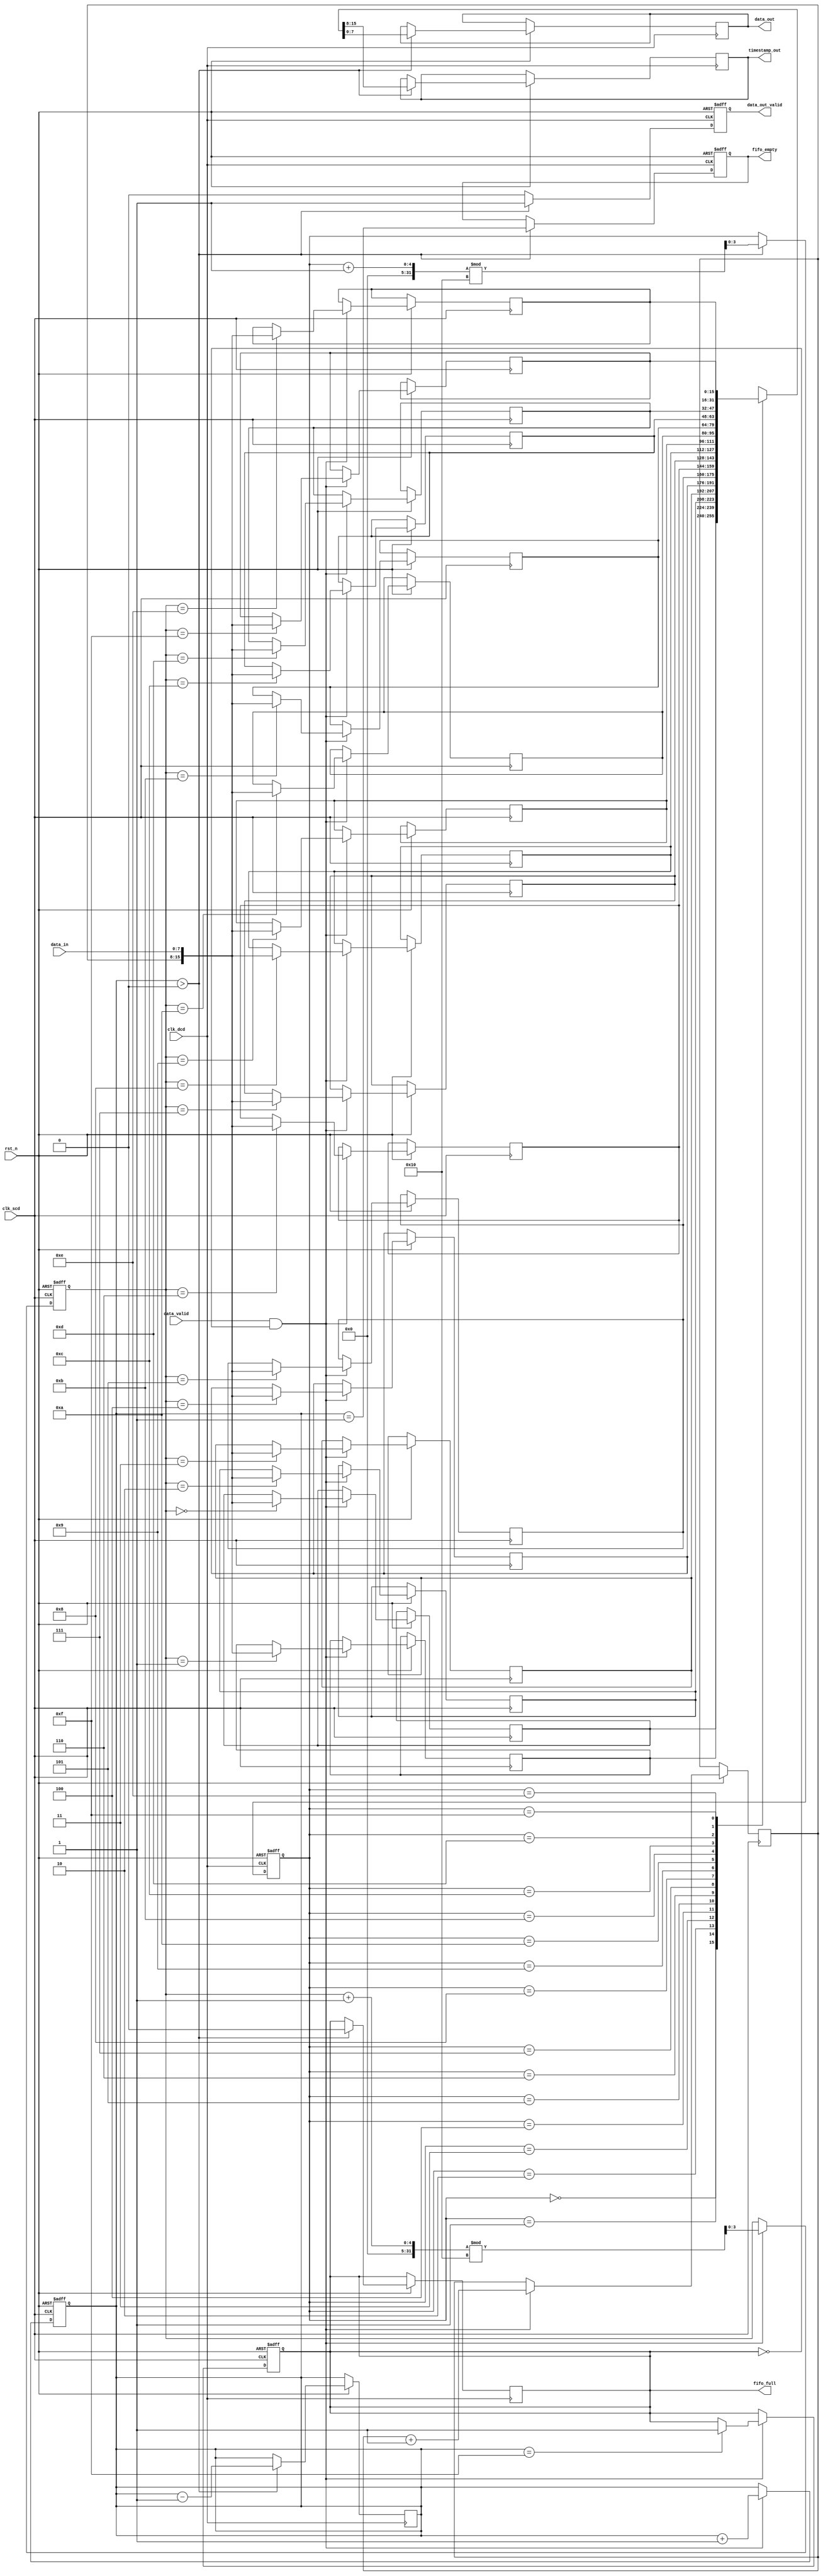
module TimeStampedSynchronizer #(
    parameter DATA_WIDTH = 8,
    parameter TIMESTAMP_WIDTH = 8,
    parameter FIFO_DEPTH = 16
)(
    input wire clk_scd,                     // Source Clock Domain
    input wire clk_dcd,                     // Destination Clock Domain
    input wire rst_n,                       // Active low reset
    input wire [DATA_WIDTH-1:0] data_in,   // Input data from SCD
    input wire data_valid,                   // Input data valid signal
    output reg [DATA_WIDTH-1:0] data_out,   // Output data to DCD
    output reg [TIMESTAMP_WIDTH-1:0] timestamp_out, // Output timestamp to DCD
    output reg data_out_valid,               // Output data valid signal
    output reg fifo_full,                    // FIFO full flag
    output reg fifo_empty                    // FIFO empty flag
);

    // FIFO buffer
    reg [DATA_WIDTH + TIMESTAMP_WIDTH - 1:0] fifo [0:FIFO_DEPTH-1];
    reg [3:0] write_ptr, read_ptr;
    reg [4:0] fifo_count;

    // Time-stamp generation
    reg [TIMESTAMP_WIDTH-1:0] timestamp;

    // Write logic in source clock domain
    always @(posedge clk_scd or negedge rst_n) begin
        if (!rst_n) begin
            write_ptr <= 0;
            fifo_count <= 0;
            fifo_full <= 0;
        end else if (data_valid && !fifo_full) begin
            timestamp <= timestamp + 1; // Increment timestamp
            fifo[write_ptr] <= {timestamp, data_in}; // Store timestamp and data
            write_ptr <= (write_ptr + 1) % FIFO_DEPTH;
            fifo_count <= fifo_count + 1;
            if (fifo_count == FIFO_DEPTH - 1) begin
                fifo_full <= 1; // Set full flag
            end
        end
    end

    // Read logic in destination clock domain
    always @(posedge clk_dcd or negedge rst_n) begin
        if (!rst_n) begin
            read_ptr <= 0;
            data_out_valid <= 0;
            fifo_empty <= 1;
        end else if (fifo_count > 0) begin
            {timestamp_out, data_out} <= fifo[read_ptr]; // Read timestamp and data
            read_ptr <= (read_ptr + 1) % FIFO_DEPTH;
            fifo_count <= fifo_count - 1;
            data_out_valid <= 1; // Set output valid
            fifo_empty <= (fifo_count == 1); // Update empty flag
            fifo_full <= 0; // Reset full flag
        end else begin
            data_out_valid <= 0; // Clear output valid if no data
        end
    end

endmodule